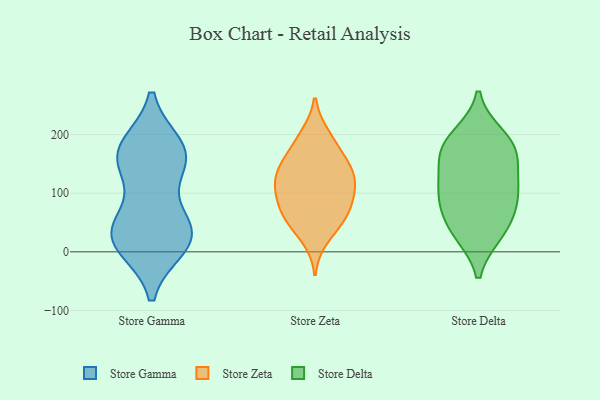
{"axis": {"x": "Satisfaction Score", "y": "Value"}, "legend": ["Store Delta", "Store Gamma", "Store Zeta"], "data": [{"x": "", "y": 16, "type": "Store Gamma"}, {"x": "", "y": 164, "type": "Store Gamma"}, {"x": "", "y": 168, "type": "Store Gamma"}, {"x": "", "y": 48, "type": "Store Gamma"}, {"x": "", "y": 36, "type": "Store Gamma"}, {"x": "", "y": 29, "type": "Store Gamma"}, {"x": "", "y": 11, "type": "Store Gamma"}, {"x": "", "y": 178, "type": "Store Gamma"}, {"x": "", "y": 161, "type": "Store Gamma"}, {"x": "", "y": 150, "type": "Store Gamma"}, {"x": "", "y": 34, "type": "Store Gamma"}, {"x": "", "y": 127, "type": "Store Zeta"}, {"x": "", "y": 22, "type": "Store Zeta"}, {"x": "", "y": 116, "type": "Store Zeta"}, {"x": "", "y": 68, "type": "Store Zeta"}, {"x": "", "y": 194, "type": "Store Zeta"}, {"x": "", "y": 48, "type": "Store Zeta"}, {"x": "", "y": 61, "type": "Store Zeta"}, {"x": "", "y": 132, "type": "Store Zeta"}, {"x": "", "y": 200, "type": "Store Zeta"}, {"x": "", "y": 94, "type": "Store Zeta"}, {"x": "", "y": 127, "type": "Store Zeta"}, {"x": "", "y": 160, "type": "Store Zeta"}, {"x": "", "y": 96, "type": "Store Zeta"}, {"x": "", "y": 92, "type": "Store Zeta"}, {"x": "", "y": 161, "type": "Store Zeta"}, {"x": "", "y": 57, "type": "Store Zeta"}, {"x": "", "y": 146, "type": "Store Zeta"}, {"x": "", "y": 103, "type": "Store Delta"}, {"x": "", "y": 175, "type": "Store Delta"}, {"x": "", "y": 175, "type": "Store Delta"}, {"x": "", "y": 34, "type": "Store Delta"}, {"x": "", "y": 196, "type": "Store Delta"}, {"x": "", "y": 131, "type": "Store Delta"}, {"x": "", "y": 105, "type": "Store Delta"}, {"x": "", "y": 60, "type": "Store Delta"}, {"x": "", "y": 174, "type": "Store Delta"}, {"x": "", "y": 33, "type": "Store Delta"}, {"x": "", "y": 90, "type": "Store Delta"}]}